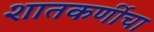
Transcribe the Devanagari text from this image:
शातकर्णीचा